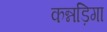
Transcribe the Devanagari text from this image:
कन्नड़िगा